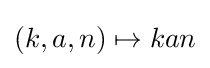
(k,a,n)\mapsto kan